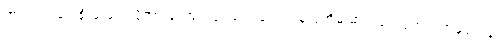
တရားဥပဒေ စိုးမိုးရေး ပိုအားကောင်းဖို့ လုပ်ရမယ်၊ ဖန်လုံအိမ် ဓာတ်ငွေ့ထုတ်လွှတ်မှုတွေနဲ့